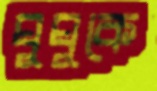
ঘুঘুকে